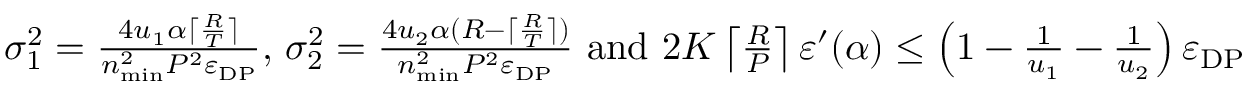
\begin{array} { r } { \sigma _ { 1 } ^ { 2 } = \frac { 4 u _ { 1 } \alpha \lceil \frac { R } { T } \rceil } { n _ { \mathrm { m i n } } ^ { 2 } P ^ { 2 } \varepsilon _ { \mathrm { D P } } } \mathrm { , ~ } \sigma _ { 2 } ^ { 2 } = \frac { 4 u _ { 2 } \alpha ( R - \lceil \frac { R } { T } \rceil ) } { n _ { \mathrm { m i n } } ^ { 2 } P ^ { 2 } \varepsilon _ { \mathrm { D P } } } \mathrm { ~ a n d ~ } 2 K \left\lceil \frac { R } { P } \right\rceil \varepsilon ^ { \prime } ( \alpha ) \leq \left( 1 - \frac { 1 } { u _ { 1 } } - \frac { 1 } { u _ { 2 } } \right) \varepsilon _ { \mathrm { D P } } } \end{array}